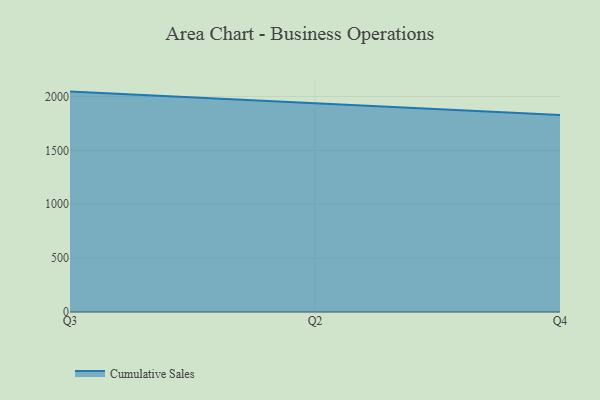
{"axis": {"x": "Quarter", "y": "Backlog"}, "legend": ["Cumulative Sales"], "data": [{"x": "Q3", "y": 2045.5, "type": "Cumulative Sales"}, {"x": "Q2", "y": 1933.9, "type": "Cumulative Sales"}, {"x": "Q4", "y": 1829.3, "type": "Cumulative Sales"}]}